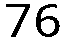
76